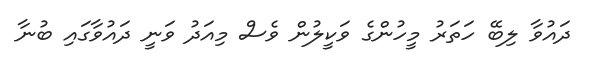
ދައުވާ ލިބޭ ހަތަރު މީހުންގެ ވަކީލުން ވެސް މިއަދު ވަނީ ދައުވާގައި ބުނާ